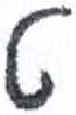
אות: ט